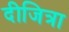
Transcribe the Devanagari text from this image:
दीजित्रा